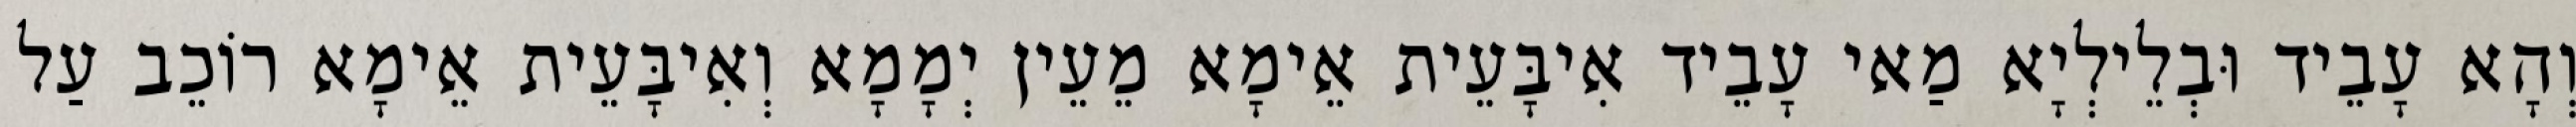
וְהָא עָבֵיד וּבְלֵילְיָא מַאי עָבֵיד אִיבָּעֵית אֵימָא מֵעֵין יְמָמָא וְאִיבָּעֵית אֵימָא רוֹכֵב עַל